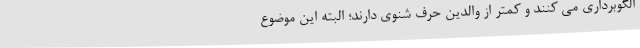
الگوبرداری می کنند و کمتر از والدین حرف شنوی دارند؛ البته این موضوع